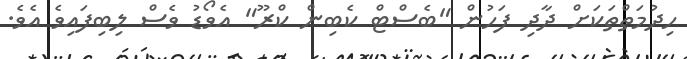
ހިދުމަތްތަކަށް ދާދި ފަހުން "ބެސްޓް ކެބިން ކްރޫ" އެވޯޑު ވެސް ލިބިފައިވެ އެވެ.